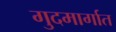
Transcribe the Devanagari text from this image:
गुदमार्गात